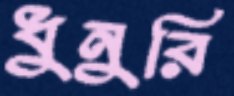
ধুনুরি